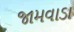
જામવાડા